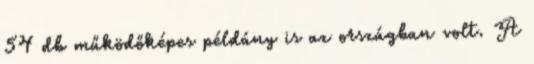
54 db működőképes példány is az országban volt. A